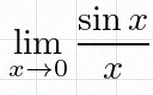
\lim_{x\to0}\frac{\sin x}{x}=1